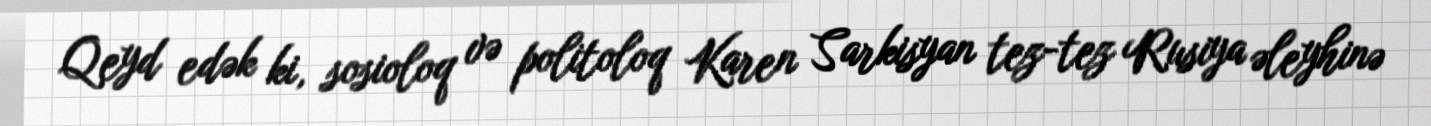
Qeyd edək ki, sosioloq və politoloq Karen Sarkisyan tez-tez Rusiya əleyhinə